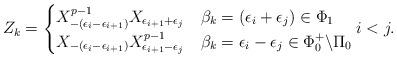
LaTeX: \begin{align*} Z_k=\begin{cases}X_{-(\epsilon_i-\epsilon_{i+1})}^{p-1} X_{\epsilon_{i+1}+\epsilon_j} & \beta_k=(\epsilon_i+\epsilon_j)\in \Phi_{1}\cr X_{-(\epsilon_i-\epsilon_{i+1})}X^{p-1}_{\epsilon_{i+1}-\epsilon_j} &\beta_k=\epsilon_i-\epsilon_j\in \Phi_0^+\backslash\Pi_0 \end{cases} i<j. \end{align*}